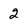
Character: 2